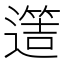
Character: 𨗡